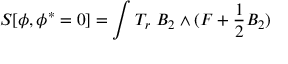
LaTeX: S [ \phi , \phi ^ { * } = 0 ] = \int T _ { r } \ B _ { 2 } \wedge ( F + \frac 1 2 B _ { 2 } )